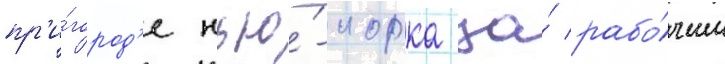
пр'и́город'е нью́-иорка за́ рабо́чим